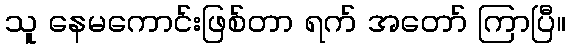
သူ နေမကောင်းဖြစ်တာ ရက် အတော် ကြာပြီ။